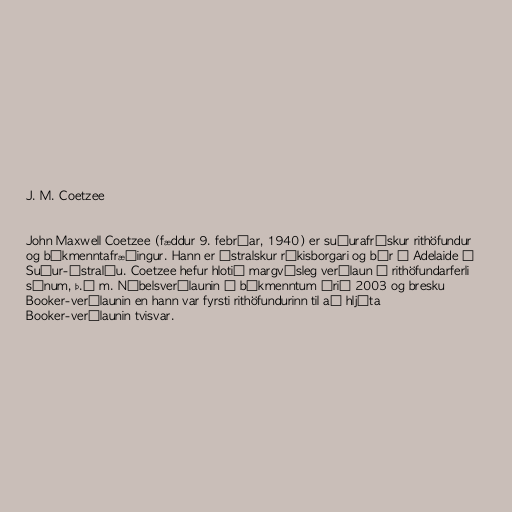
J. M. Coetzee

John Maxwell Coetzee (fæddur 9. febrúar, 1940) er suðurafrískur rithöfundur
og bókmenntafræðingur. Hann er ástralskur ríkisborgari og býr í Adelaide í
Suður-Ástralíu. Coetzee hefur hlotið margvísleg verðlaun á rithöfundarferli
sínum, þ.á m. Nóbelsverðlaunin í bókmenntum árið 2003 og bresku
Booker-verðlaunin en hann var fyrsti rithöfundurinn til að hljóta
Booker-verðlaunin tvisvar.